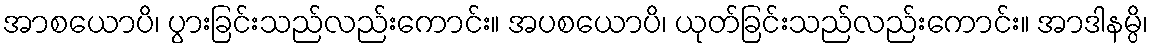
အာစယောပိ၊ ပွားခြင်းသည်လည်းကောင်း။ အပစယောပိ၊ ယုတ်ခြင်းသည်လည်းကောင်း။ အာဒါနမ္ပိ၊